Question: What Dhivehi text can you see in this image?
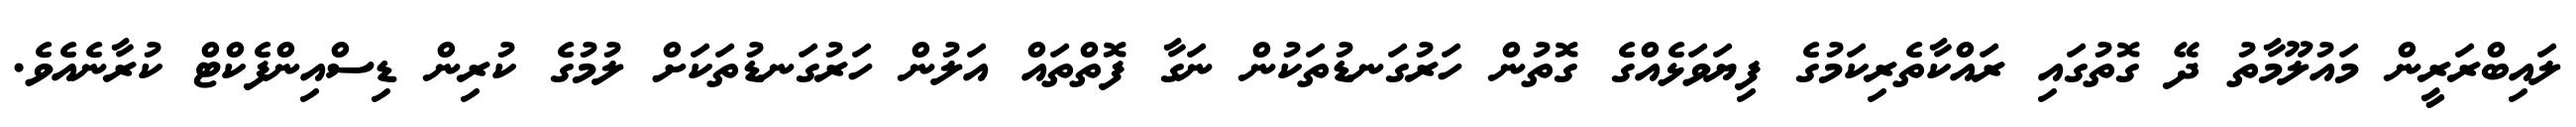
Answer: ލައިބްރަރީން މައުލޫމާތު ދޭ ގޮތުގައި ރައްކާތެރިކަމުގެ ފިޔަވަޅެއްގެ ގޮތުން ހަރުގަނޑުތަކުން ނަގާ ފޮތްތައް އަލުން ހަރުގަނޑުތަކަށް ލުމުގެ ކުރިން ޑިސްއިންފެކްޓް ކުރާނެއެވެ.